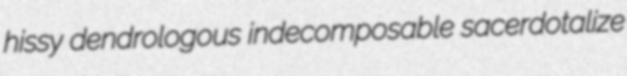
hissy dendrologous indecomposable sacerdotalize